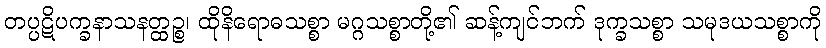
တပ္ပဋိပက္ခနာသနတ္ထဉ္စ၊ ထိုနိရောဓသစ္စာ မဂ္ဂသစ္စာတို့၏ ဆန့်ကျင်ဘက် ဒုက္ခသစ္စာ သမုဒယသစ္စာကို